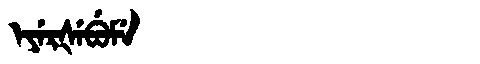
Manchu: ᡝᠶᡝᡵᡧᡝᠪᡠᠮᡝ
Romanization: EYERŠEBUME